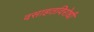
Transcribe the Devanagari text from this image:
वसाहतविरोधी